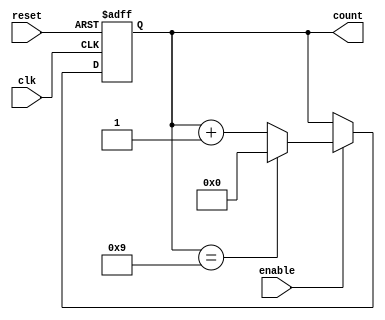
module modulus_counter #(
    parameter MODULUS = 10 // Set the modulus value (can be changed as needed)
) (
    input wire clk,          // Clock input
    input wire reset,        // Reset input (active high)
    input wire enable,       // Enable input (optional)
    output reg [$clog2(MODULUS)-1:0] count // Count output
);

    // Counter logic
    always @(posedge clk or posedge reset) begin
        if (reset) begin
            count <= 0; // Reset the counter to zero
        end else if (enable) begin
            if (count == MODULUS - 1) begin
                count <= 0; // Reset to zero when modulus is reached
            end else begin
                count <= count + 1; // Increment the counter
            end
        end
    end

endmodule